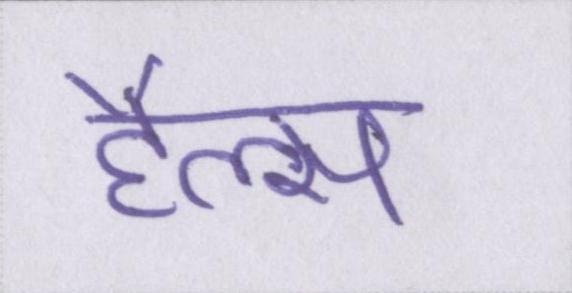
हैल्स